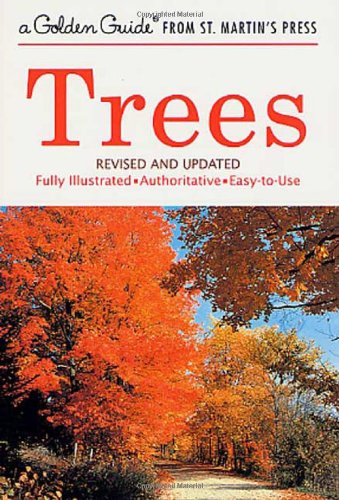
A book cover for Trees (A Golden Guide from St. Martin's Press); Alexander C. Martin; Science & Math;